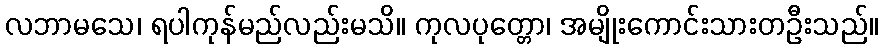
လဘာမသေ၊ ရပါကုန်မည်လည်းမသိ။ ကုလပုတ္တော၊ အမျိုးကောင်းသားတဦးသည်။